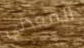
المعدني